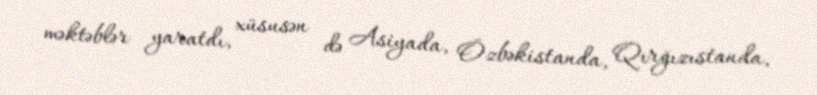
məktəblər yaratdı, xüsusən də Asiyada, Özbəkistanda, Qırğızıstanda,